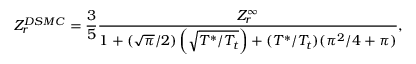
Z _ { r } ^ { D S M C } = \frac { 3 } { 5 } \frac { Z _ { r } ^ { \infty } } { 1 + ( \sqrt { \pi } / 2 ) \left( \sqrt { T ^ { \ast } / T _ { t } } \right) + ( T ^ { \ast } / T _ { t } ) ( { \pi ^ { 2 } / 4 + \pi } ) } ,